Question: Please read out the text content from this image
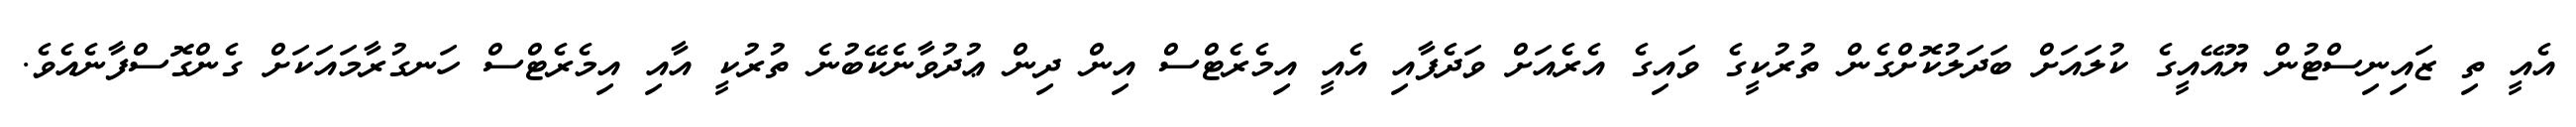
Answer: އެއީ ތި ޒައިނިސްޓުން ޔޫއޭއީގެ ކުލައަށް ބަދަލުކޮށްގެން ތުރުކީގެ ވައިގެ އެރެއަށް ވަދެފާއި އެއީ އިމެރެޓްސް އިން ދިން ޢުދުވާނެކޭބުނެ ތުރުކީ އާއި އިމެރެޓްސް ހަނގުރާމައަކަށް ގެންގޮސްފާނެއެވެ.